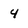
Character: 4